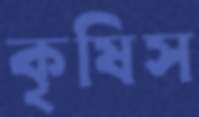
কৃষিস